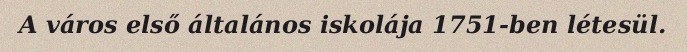
A város első általános iskolája 1751-ben létesül.